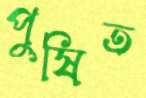
পুষিত